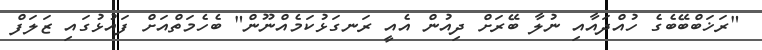
"ރަޚަބްބޭބެގެ ހުއްދައާއި ނުލާ ބޭރަށް ދިއުން އެއީ ރަނގަޅުކަމެއްނޫން" ބެހެމަތްއަށް ފައުޅުގައި ޒަލަފް